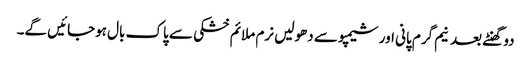
دو گھنٹے بعد نیم گرم پانی اور شیمپو سے دھولیں نرم ملائم خشکی سے پاک بال ہوجائیں گے۔